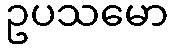
ဥပသမော